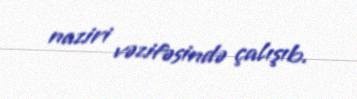
naziri vəzifəsində çalışıb.